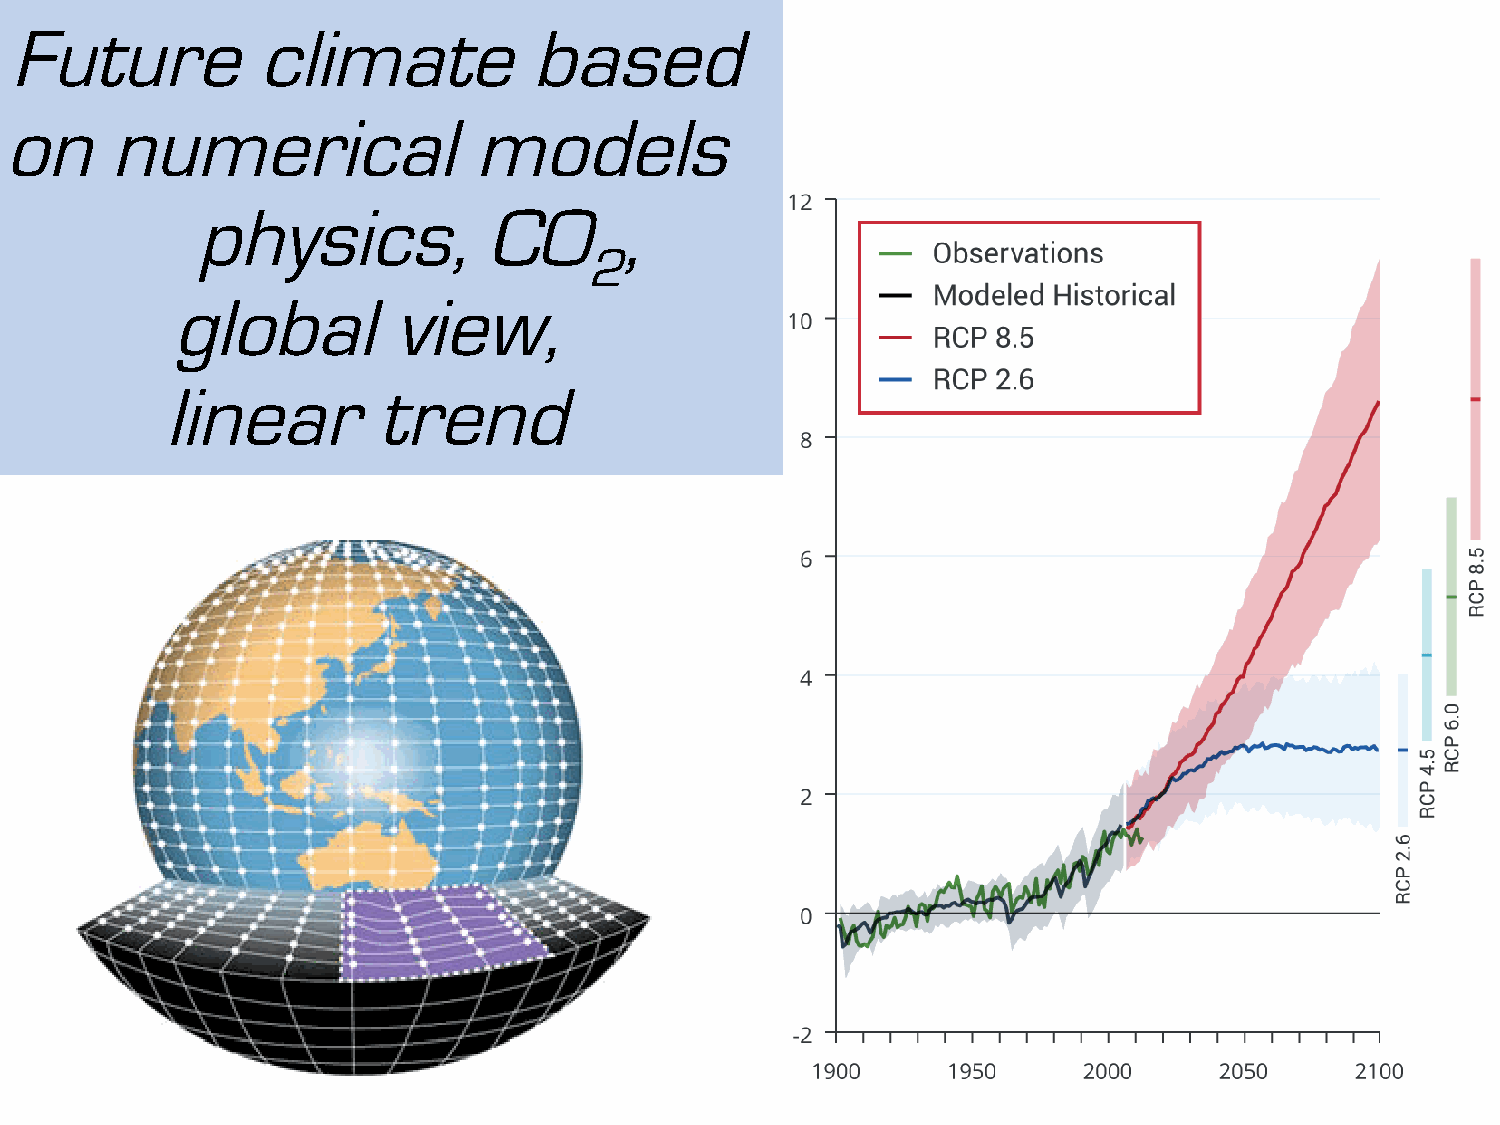
Future           climate           based
 on     numerical               models
 physics,           CO       ,
 2
 global         view,
 linear        trend